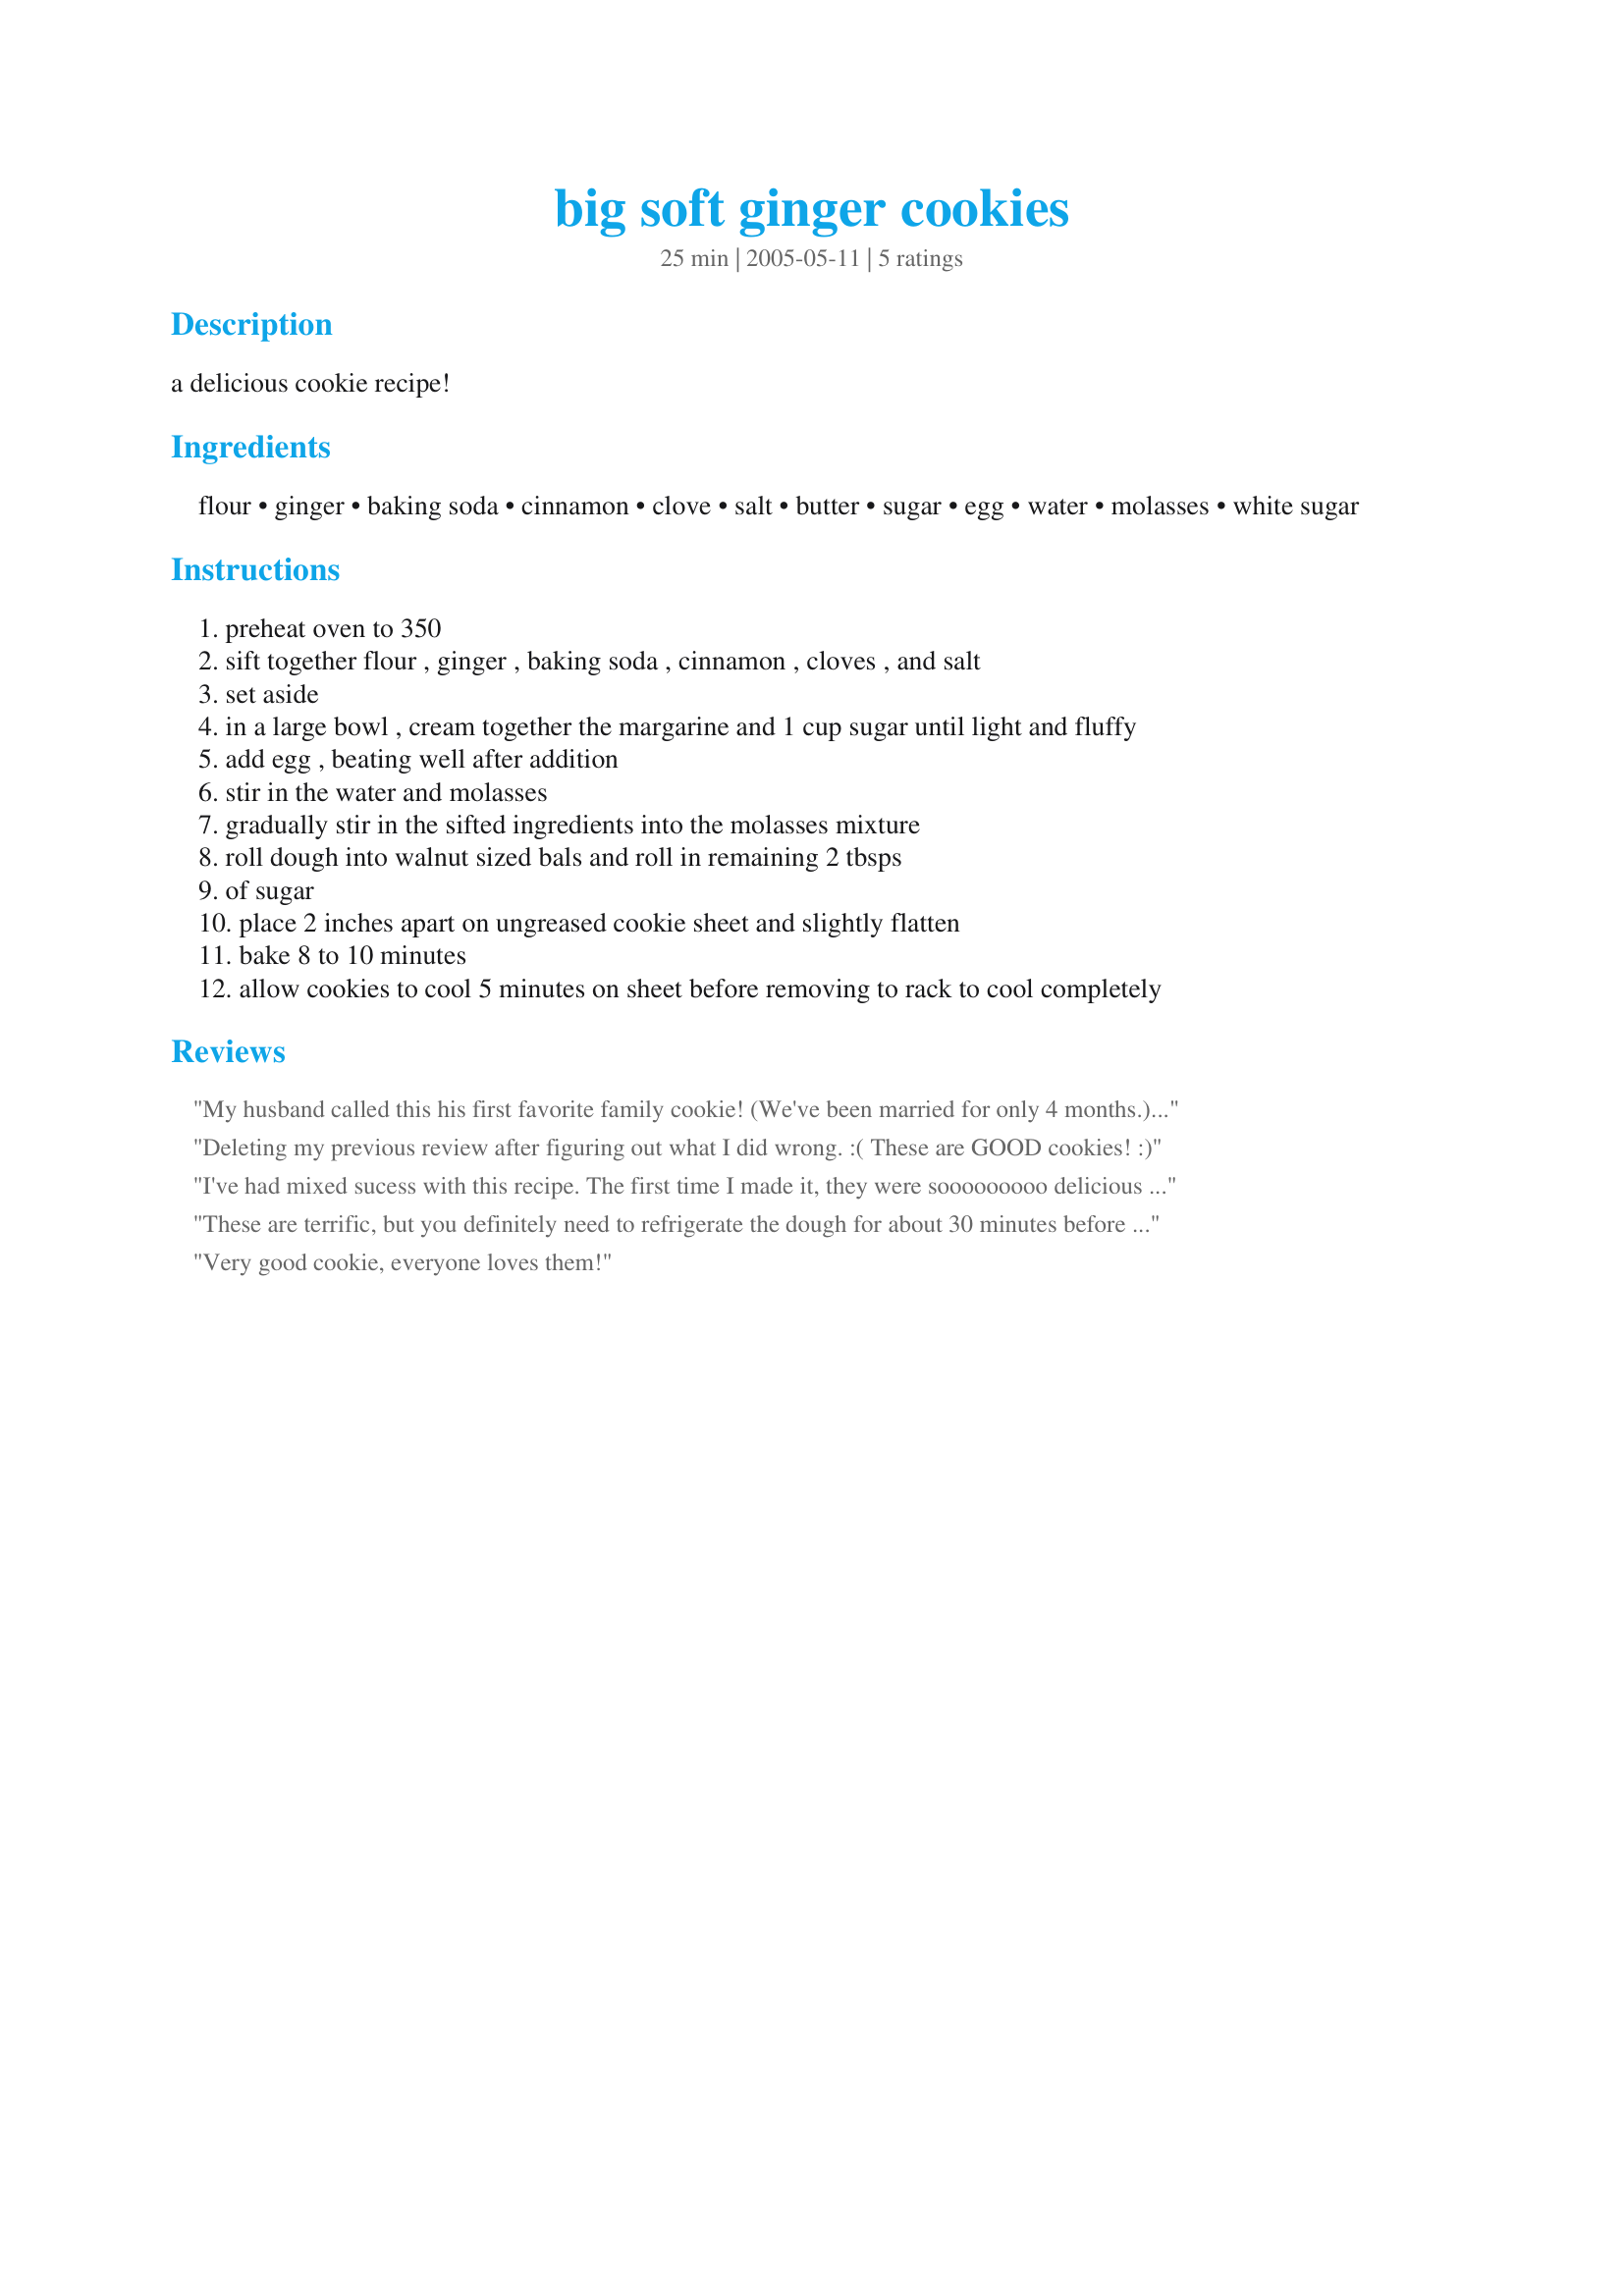
big soft ginger cookies
Preparation time: 25 minutes

a delicious cookie recipe!

Ingredients:
flour, ginger, baking soda, cinnamon, clove, salt, butter, sugar, egg, water, molasses, white sugar

Steps:
preheat oven to 350
sift together flour , ginger , baking soda , cinnamon , cloves , and salt
set aside
in a large bowl , cream together the margarine and 1 cup sugar until light and fluffy
add egg , beating well after addition
stir in the water and molasses
gradually stir in the sifted ingredients into the molasses mixture
roll dough into walnut sized bals and roll in remaining 2 tbsps
of sugar
place 2 inches apart on ungreased cookie sheet and slightly flatten
bake 8 to 10 minutes
allow cookies to cool 5 minutes on sheet before removing to rack to cool completely

Reviews:
My husband called this his first favorite family cookie! (We've been married for only 4 months.) He LOVES these cookies. TIP: I found it very sticky for rolling into balls so I put the dough in the freezer for a few minutes and it worked much easier! Great recipe!! Thank You!
Deleting my previous review after figuring out what I did wrong. :(

These are GOOD cookies! :)
I've had mixed sucess with this recipe. The first time I made it, they were sooooooooo delicious my husband and I ate them all in 2 days! The next two times I made them they were too soft, almost as if they had too much water in them. I didn't roll them in the sugar as I'm too lazy LOL. I'm going to give them another shot, becuase they really are worth perfecting. If any one has some tips I would appreciate them!
These are terrific, but you definitely need to refrigerate the dough for about 30 minutes before rolling into balls and baking. When each batch goes into the over, store dough in frige again. Otherwise, it's too sticky to work with. Also - using orange juice instead of the water really brings out the spice flavors.
Very good cookie, everyone loves them!
